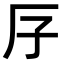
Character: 𠨯